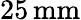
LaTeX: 25\, \mathrm{mm}